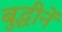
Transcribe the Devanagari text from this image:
बुद्धीनें